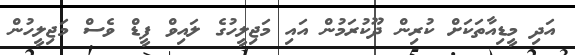
އަދި މީޑިއާތަކަށް ކުރިން ދޫކުރަމުން އައި މަޖިލީހުގެ ލައިވް ފީޑް ވެސް މަޖިލީހުން